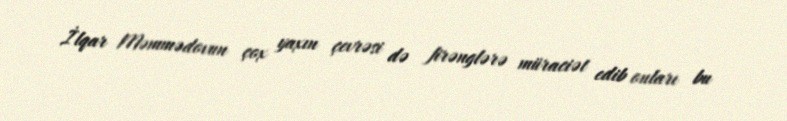
İlqar Məmmədovun çox yaxın çevrəsi də firənglərə müraciət edib onları bu